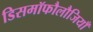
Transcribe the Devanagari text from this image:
डिसमॉफौलौजियाँ